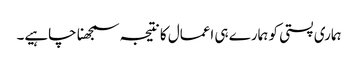
ہماری پستی کو ہمارے ہی اعمال کا نتیجہ سمجھنا چاہیے۔